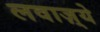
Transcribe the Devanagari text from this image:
लवाज़्ये